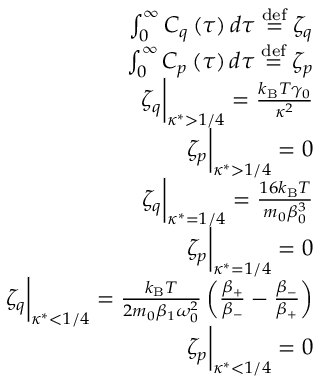
\begin{array} { r } { \int _ { 0 } ^ { \infty } C _ { q } \left( \tau \right) d \tau \stackrel { \mathrm { d e f } } { = } \zeta _ { q } } \\ { \int _ { 0 } ^ { \infty } C _ { p } \left( \tau \right) d \tau \stackrel { \mathrm { d e f } } { = } \zeta _ { p } } \\ { \zeta _ { q } \biggr \rvert _ { \kappa ^ { * } > 1 / 4 } = \frac { k _ { \mathrm { B } } T \gamma _ { 0 } } { \kappa ^ { 2 } } } \\ { \zeta _ { p } \biggr \rvert _ { \kappa ^ { * } > 1 / 4 } = 0 } \\ { \zeta _ { q } \biggr \rvert _ { \kappa ^ { * } = 1 / 4 } = \frac { 1 6 k _ { \mathrm { B } } T } { m _ { 0 } \beta _ { 0 } ^ { 3 } } } \\ { \zeta _ { p } \biggr \rvert _ { \kappa ^ { * } = 1 / 4 } = 0 } \\ { \zeta _ { q } \biggr \rvert _ { \kappa ^ { * } < 1 / 4 } = \frac { k _ { \mathrm { B } } T } { 2 m _ { 0 } \beta _ { 1 } \omega _ { 0 } ^ { 2 } } \left( \frac { \beta _ { + } } { \beta _ { - } } - \frac { \beta _ { - } } { \beta _ { + } } \right) } \\ { \zeta _ { p } \biggr \rvert _ { \kappa ^ { * } < 1 / 4 } = 0 } \end{array}